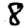
Digit: 8